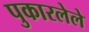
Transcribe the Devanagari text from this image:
पुकारलेले